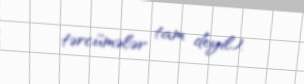
tərcümələr tam deyil).